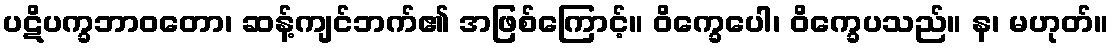
ပဋိပက္ခဘာဝတော၊ ဆန့်ကျင်ဘက်၏ အဖြစ်ကြောင့်။ ဝိက္ခေပေါ၊ ဝိက္ခေပသည်။ န၊ မဟုတ်။